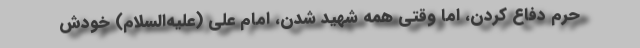
حرم دفاع کردن، اما وقتی همه شهید شدن، امام علی (علیه‌السلام) خودش